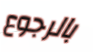
بالرجوع